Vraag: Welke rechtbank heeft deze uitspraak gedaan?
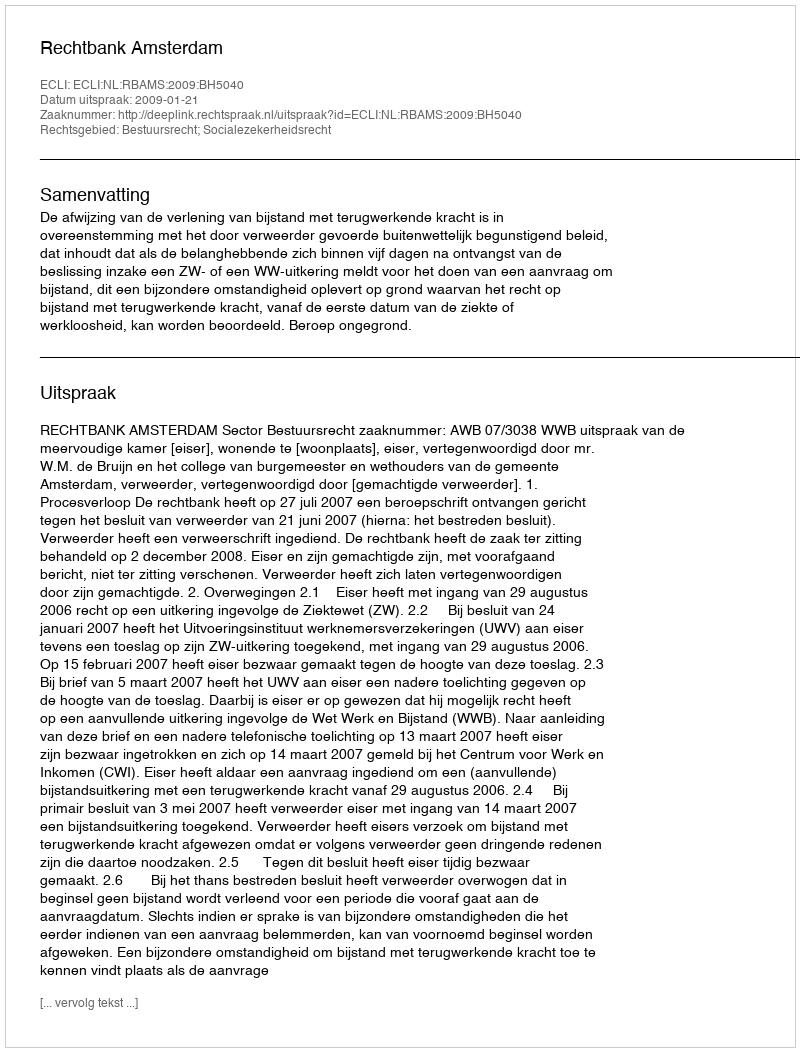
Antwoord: Rechtbank Amsterdam